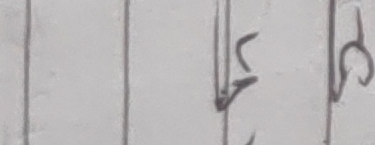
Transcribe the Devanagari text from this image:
र